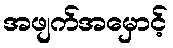
အဖျက်အမှောင့်